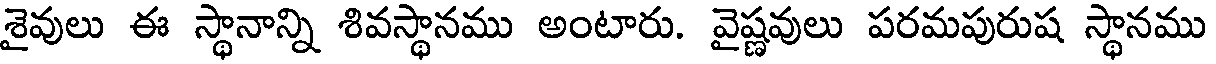
శైవులు ఈ స్థానాన్ని శివస్థానము అంటారు. వైష్ణవులు పరమపురుష స్థానము